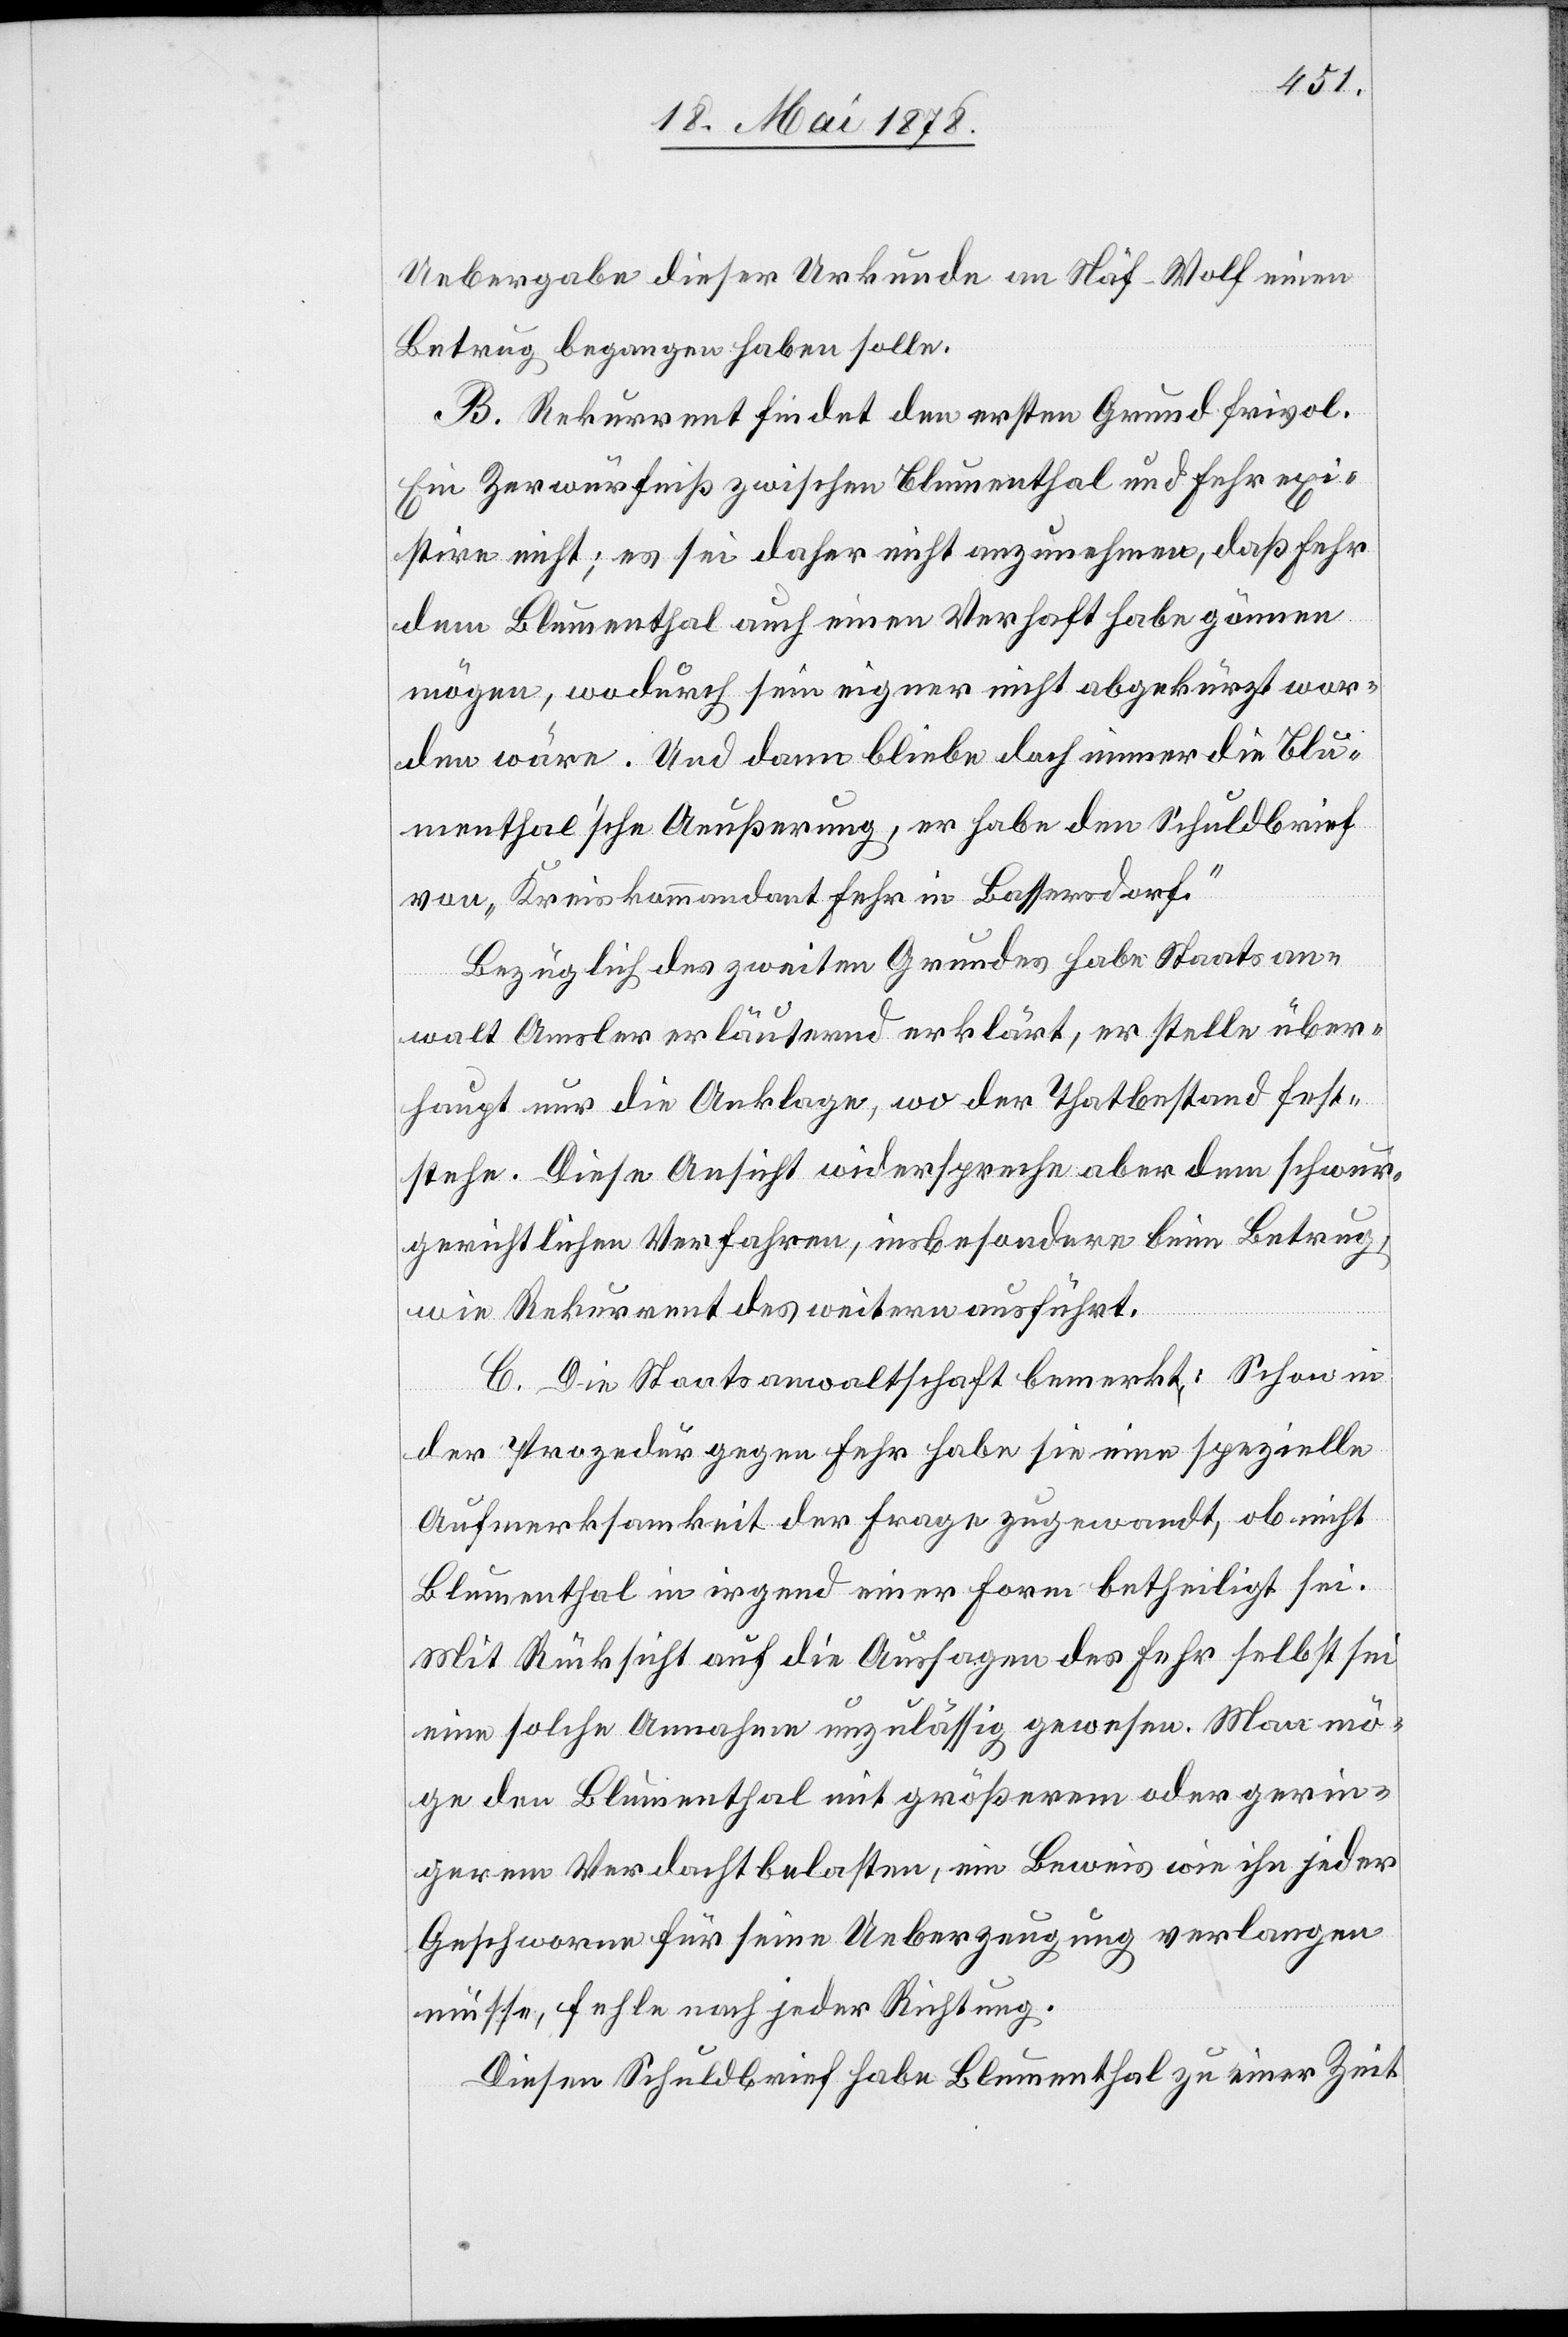
Uebergabe dieser Urkunde an Näf-Wolf einen
Betrug begangen haben solle.
C] Rekurrent findet den ersten Grund frivol.
Zerwürfniß zwischen Blumenthal und Fehr exi¬
stire nicht; es sei daher nicht anzunehmen, daß Fehr
dem Blumenthal auch einen Verhaft habe gönnen
mögen, wodurch sein eigner nicht abgekürzt wor¬
den wäre. Und dann bliebe doch immer die Blu¬
menthal’sche Aeußerung, er habe den Schuldbrief
von „Kreiskommandant Fehr in Bassersdorf.“
Bezüglich des zweiten Grundes habe Staatsan¬
walt Amsler erläuternd erklärt, er stelle über¬
haupt nur die Anklage, wo der Thatbestand fest¬
stehe. Diese Ansicht widerspreche aber dem schwur¬
gerichtlichen Verfahren, insbesondere beim Betrug,
wie Rekurrent des weitern ausführt.
C. Die Staatsanwaltschaft bemerkt: Schon in
der Prozedur gegen Fehr habe sie eine spezielle
Aufmerksamkeit der Frage zugewandt, ob nicht
Blumenthal in irgend einer Form betheiligt sei.
Mit Rücksicht auf die Aussage des Fehr selbst sei
eine solche Annahme unzulässig gewesen. Man mö¬
ge den Blumenthal mit größerem oder gerin¬
gerem Verdacht belassen, ein Beweis wie ihn jeder
Geschworene für seine Ueberzeugung verlangen
müsse, fehle nach jeder Richtung.
Diesen Schuldbrief habe Blumenthal zu einer Zeit